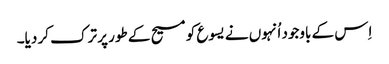
‏ اِس کے باوجود اُنہوں نے یسوع کو مسیح کے طور پر ترک کر دیا۔